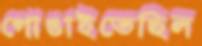
গোঙাইতেছিল